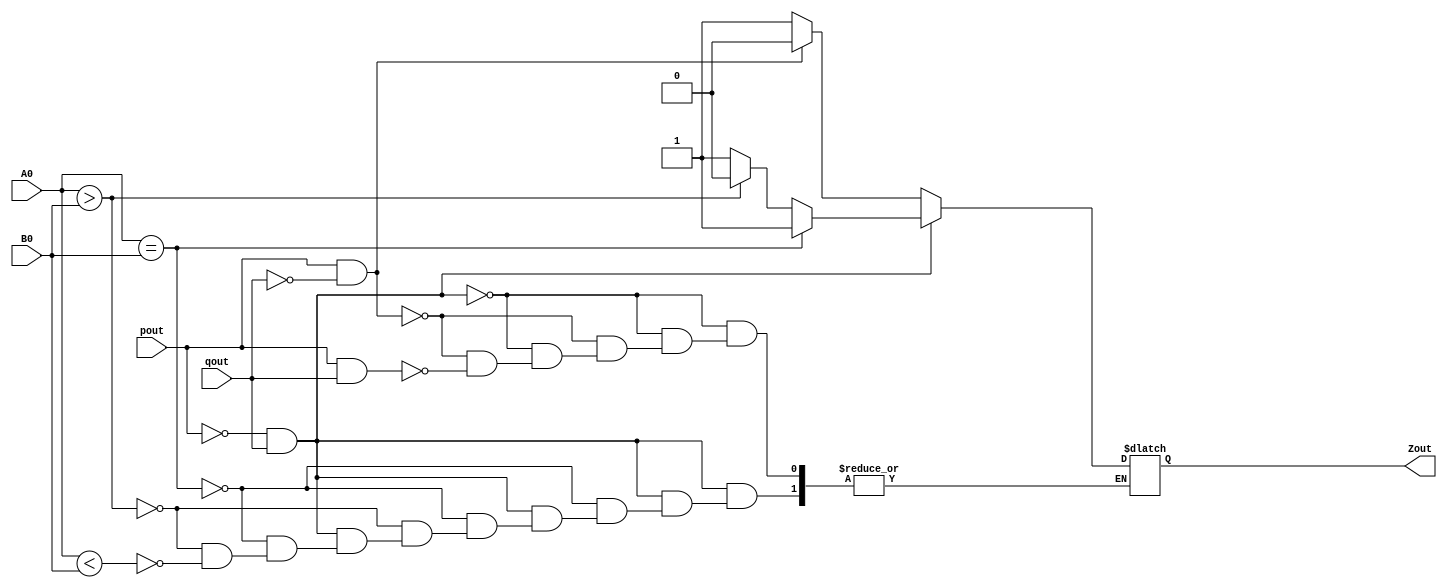
/* Definicin de mdulo para la celda final de la 
   red iterativa analizando las palabras de izquierda 
   a derecha */

module celdaFinalIzqDer(
    input pout, qout, A0, B0,
    output reg Zout
);

    //asignacion de estados a:01, b:10, c:11
    reg [1:0] a = 2'b01;
    reg [1:0] b = 2'b10;
    reg [1:0] c = 2'b11;

    always @(pout or qout or A0 or B0) begin 
        // always cada vez que pout, qout, A0 o B0 cambien se ejecuta lo siguiente segun corresponda
        // Y asi cambiar la salida Z
        
        // estado presente a
        if (pout == a[1] && qout == a[0]) begin  
            if (A0 == B0)
            begin
                // si los bits son iguales, Zout = 1
                Zout = 1;
            end 
            else if (A0 > B0)
            begin
                // si AB=10, Zout = 0
                Zout = 0;
            end 
            else if (A0 < B0)
            begin
                // si AB=01, Zout = 1
                Zout = 1;
            end 
        end
        // estado presente b
        else if (pout == b[1] && qout == b[0]) begin 
            // el prximo estado siempre es b con estado presente b, entonces Zout = 0
            Zout = 0;
        end 

        // estado presente c 
        else if (pout == c[1] && qout == c[0]) begin 
            // el prximo estado siempre es c con estado presente c, entonces Zout = 1
            Zout = 1;
        end 
    end

endmodule